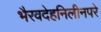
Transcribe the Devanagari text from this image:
भैरवदेहनिलीनपरे